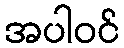
အပါဝင်